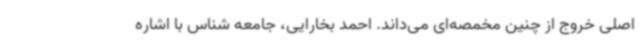
اصلی خروج از چنین مخمصه‌ای می‌داند. احمد بخارایی، جامعه شناس با اشاره